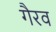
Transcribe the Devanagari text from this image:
गैरव